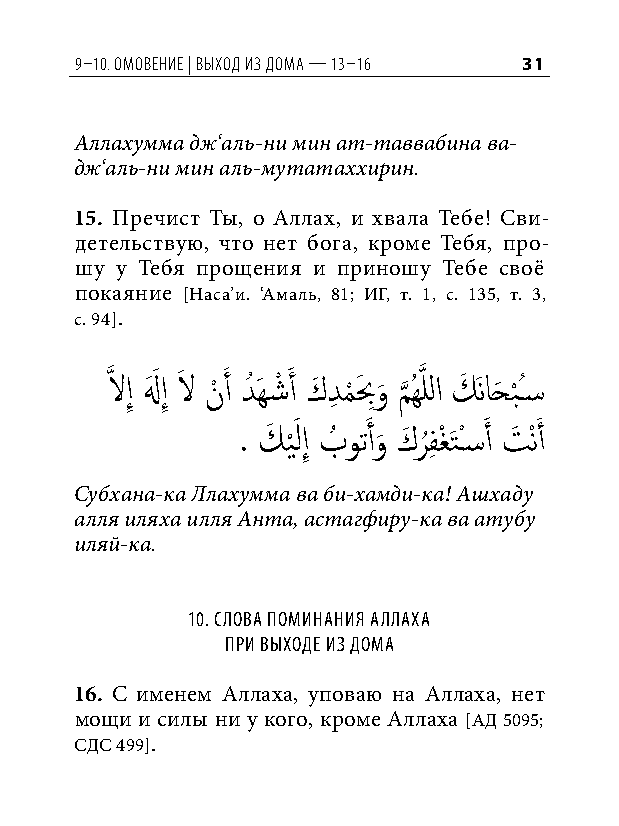
9–10. омовение | выход из дома — 13–16 31
 Аллахумма дж‘аль-ни мин ат-таввабина ва-
 дж‘аль-ни мин аль-мутатаххирин.
 15. Пречист Ты, о Аллах, и хвала Тебе! Сви-
 детельствую, что нет бога, кроме Тебя, про-
 шу у Тебя прощения и приношу Тебе своё
 покаяние [Наса’и. ‘Амаль, 81; ИГ, т. 1, с. 135, т. 3,
 с. 94].
 َّذ لاإِ لهَ َ إِ لاَ نْ َ أ دُ َهشْ َ أ كَ دِ م
 ْ
 بَ ِو
 َ
 م
 َّذ
 ُهَّذ للا كَ َناحَ ب
 ْ
 ُس�
 . كَ ي َْ لإِ بُ وتَ أو
 َ
 كَ ر
 ُ
 فِ غْ َتْس�َ أ تَ ْنَ أ
 Субхана-ка Ллахумма ва би-хамди-ка! Ашхаду
 алля иляха илля Анта, астагфиру-ка ва атубу
 иляй-ка.
 10. Слова поминания аллаха
 при выходе из дома
 16. С именем Аллаха, уповаю на Аллаха, нет
 мощи и силы ни у кого, кроме Аллаха [АД 5095;
 СДС 499].